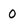
Character: 0